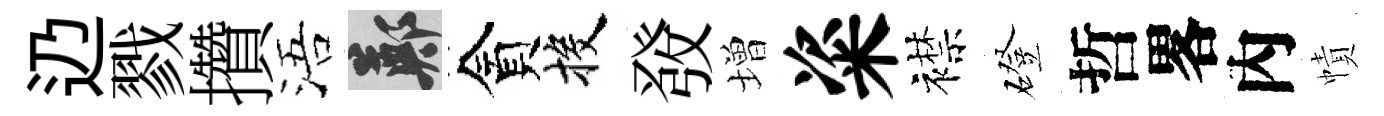
辸戮攢浯鄭貪投𤼲増粢襟磴哲畧內幘